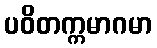
ပဝိတက္ကမာဂမာ